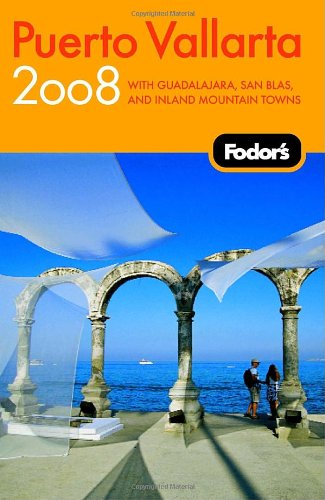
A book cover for Fodor's Puerto Vallarta 2008: With Guadalajara, San Blas, and Inland Mountain Towns (Fodor's Gold Guides); Jane Onstott; Travel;